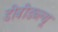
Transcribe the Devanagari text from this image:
डीबीडब्ल्यू